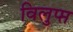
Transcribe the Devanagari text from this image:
विलुप्प्त